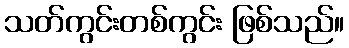
သတ်ကွင်းတစ်ကွင်း ဖြစ်သည်။